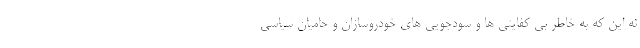
نه این که به خاطر بی کفایتی ها و سودجویی های خودروسازان و حامیان سیاسی